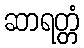
ဆာရတ္တံ